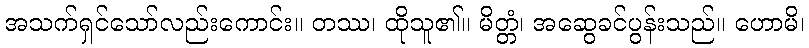
အသက်ရှင်သော်လည်းကောင်း။ တဿ၊ ထိုသူ၏။ မိတ္တံ၊ အဆွေခင်ပွန်းသည်။ ဟောမိ၊